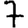
Digit: 7